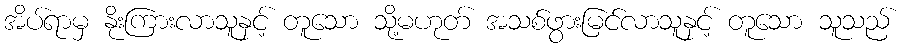
အိပ်ရာမှ နိုးကြားလာသူနှင့် တူသော သို့မဟုတ် အသစ်ဖွားမြင်လာသူနှင့် တူသော သူသည်